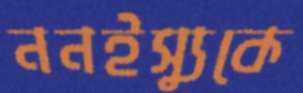
ননইস্যুকে